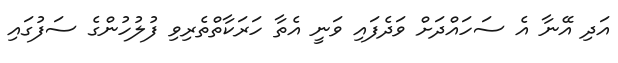
އަދި އޭނާ އެ ސަހައްދަށް ވަދެފައި ވަނީ އެތާ ހަރަކާތްތެރިވި ފުލުހުންގެ ސަފުގައި